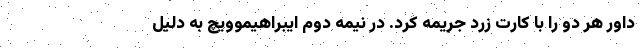
داور هر دو را با کارت زرد جریمه کرد. در نیمه دوم ایبراهیموویچ به دلیل